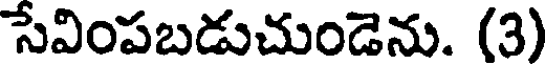
సేవింపబడుచుండెను. (3)